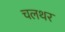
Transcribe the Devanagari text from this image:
चलथर